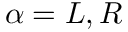
\alpha = L , R